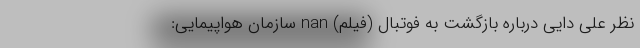
نظر علی دایی درباره بازگشت به فوتبال (فیلم) nan سازمان هواپیمایی: